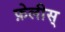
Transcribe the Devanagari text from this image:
फ़ेलीस्